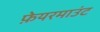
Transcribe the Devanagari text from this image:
फ़ेयरमाउंट